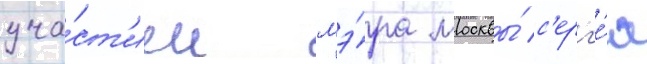
уча́ст'ием мэ́ра москвы́ с'ерг'е́я